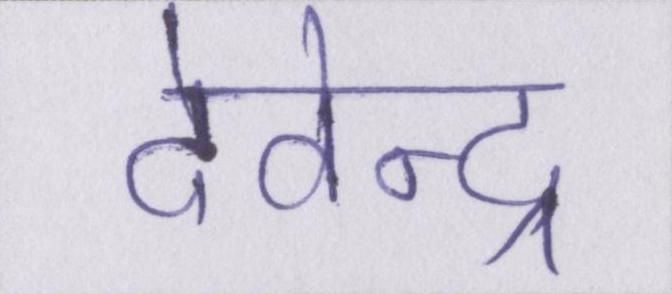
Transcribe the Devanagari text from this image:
देवेन्द्र